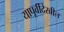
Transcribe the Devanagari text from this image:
यापूर्वीदेखील